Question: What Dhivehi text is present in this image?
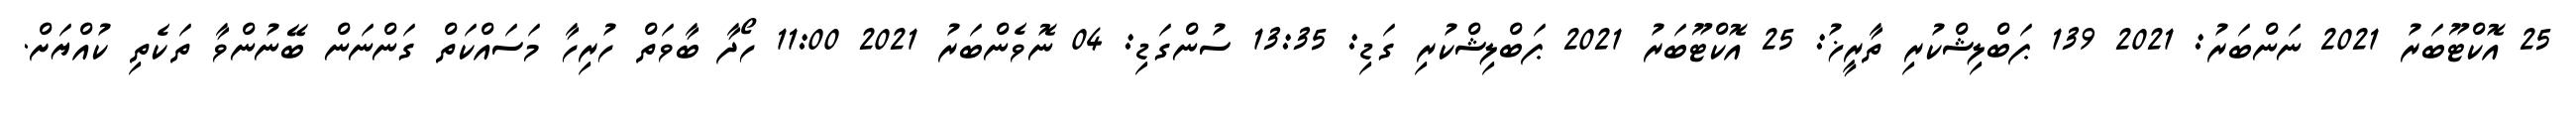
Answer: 25 އޮކްޓޫބަރު 2021 ނަންބަރު: 2021 139 ޕަބްލިޝްކުރި ތާރީޚު: 25 އޮކްޓޫބަރު 2021 ޕަބްލިޝްކުރި ގަޑި: 13:35 ސުންގަޑި: 04 ނޮވެންބަރު 2021 11:00 ހޯދާ ބާވަތް ހުރިހާ މަސައްކަތް ގަންނަން ބޭނުންވާ ތަކެތި ކުއްޔަށް.